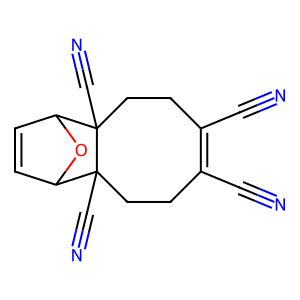
SMILES: N#CC1=C(C#N)CCC2(C#N)C3C=CC(O3)C2(C#N)CC1
Inhibits HIV replication: No